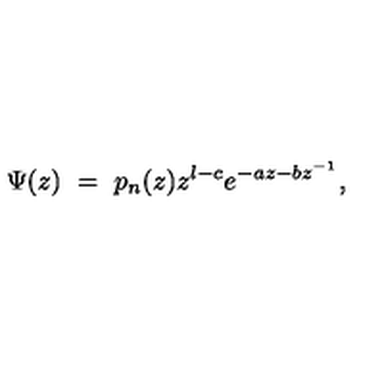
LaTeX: \Psi ( z ) \ = \ p _ { n } ( z ) z ^ { l - c } e ^ { - a z - b z ^ { - 1 } } ,